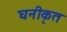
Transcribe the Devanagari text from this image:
घनीकृत